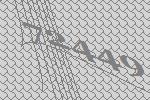
72449